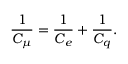
\frac { 1 } { C _ { \mu } } = \frac { 1 } { C _ { e } } + \frac { 1 } { C _ { q } } .